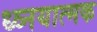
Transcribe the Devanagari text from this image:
ध्व्नयात्मक